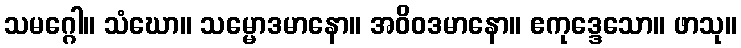
သမဂ္ဂေါ။ သံဃော။ သမ္မောဒမာနော။ အဝိဝဒမာနော။ ဧကုဒ္ဒေသော။ ဖာသု။